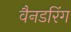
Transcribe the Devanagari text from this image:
वैनडरिंग